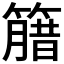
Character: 𱸦